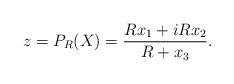
LaTeX: \begin{align*}z = P_R(X) = \frac{R x_1 + i R x_2}{R + x_3}.\end{align*}